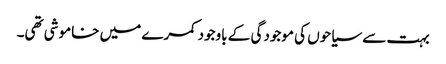
بہت سے سیاحوں کی موجودگی کے باوجود کمرے میں خاموشی تھی۔